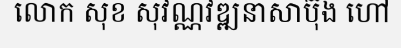
លោក សុខ សុវណ្ណវឌ្ឍនាសាប៊ុង ហៅ